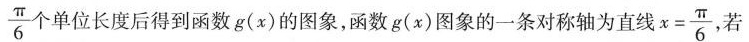
\frac{\pi}{6}个单位长度后得到函数g(x)的图象，函数g(x)图象的一条对称轴为直线x=\frac{\pi}{6},若